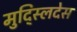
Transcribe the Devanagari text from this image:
मुद्स्लिदेस